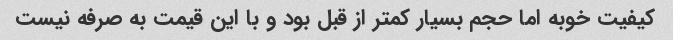
کیفیت خوبه اما حجم بسیار کمتر از قبل بود و با این قیمت به صرفه نیست